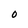
Character: O